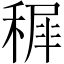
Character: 𥡖